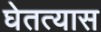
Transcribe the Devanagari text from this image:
घेतत्यास